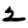
Digit: 2